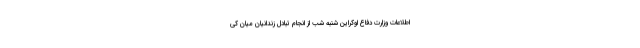
اطلاعات وزارت دفاع اوکراین شنبه شب از انجام تبادل زندانیان میان کی